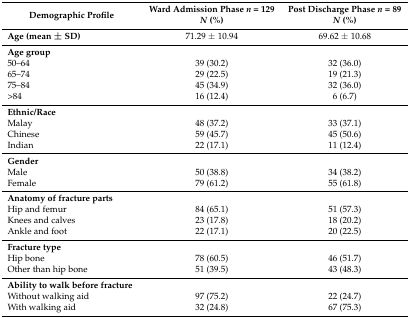
| Demographic Profile | Ward Admission Phase n = 129 N (%) | Post Discharge Phase n = 89 N (%) |
 | --- | --- | --- |
 | Age (mean ± SD) | 71.29 ± 10.94 | 69.62 ± 10.68 |
 | Age group |  |  |
 | 50–64 | 39 (30.2) | 32 (36.0) |
 | 65–74 | 29 (22.5) | 19 (21.3) |
 | 75–84 | 45 (34.9) | 32 (36.0) |
 | >84 | 16 (12.4) | 6 (6.7) |
 | Ethnic/Race |  |  |
 | Malay | 48 (37.2) | 33 (37.1) |
 | Chinese | 59 (45.7) | 45 (50.6) |
 | Indian | 22 (17.1) | 11 (12.4) |
 | Gender |  |  |
 | Male | 50 (38.8) | 34 (38.2) |
 | Female | 79 (61.2) | 55 (61.8) |
 | Anatomy of fracture parts |  |  |
 | Hip and femur | 84 (65.1) | 51 (57.3) |
 | Knees and calves | 23 (17.8) | 18 (20.2) |
 | Ankle and foot | 22 (17.1) | 20 (22.5) |
 | Fracture type |  |  |
 | Hip bone | 78 (60.5) | 46 (51.7) |
 | Other than hip bone | 51 (39.5) | 43 (48.3) |
 | Ability to walk before fracture |  |  |
 | Without walking aid | 97 (75.2) | 22 (24.7) |
 | With walking aid | 32 (24.8) | 67 (75.3) |